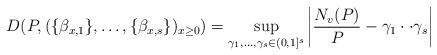
LaTeX: \begin{align*}D(P,(\{\beta_{x,1}\}, \ldots ,\{\beta_{x,s}\})_{x\geq 0})=\sup_{\gamma_1,\ldots,\gamma_s\in(0,1]^s} \left|\frac{N_v(P)}{P}-\gamma_1\cdot \cdot \gamma_s\right|\end{align*}